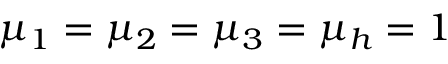
\mu _ { 1 } = \mu _ { 2 } = \mu _ { 3 } = \mu _ { h } = 1